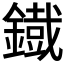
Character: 鐡